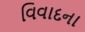
વિવાદના